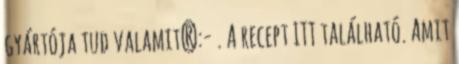
gyártója tud valamit?:- . A recept ITT található. Amit